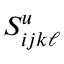
S _ { i j k \ell } ^ { u }